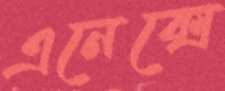
এনেক্সে